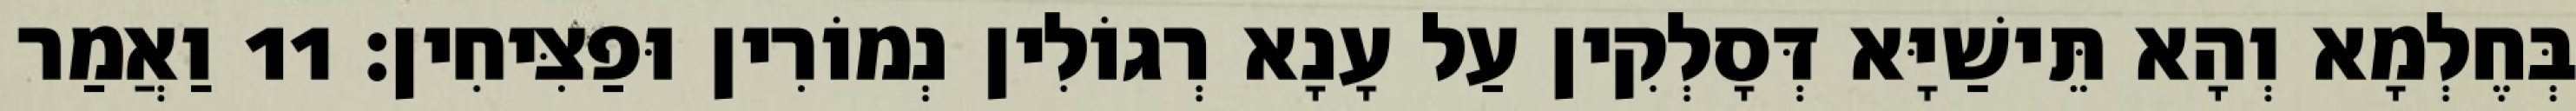
בְּחֶלְמָא וְהָא תֵּישַׁיָּא דְּסָלְקִין עַל עָנָא רְגוֹלִין נְמוֹרִין וּפַצִּיחִין׃ 11 וַאֲמַר